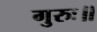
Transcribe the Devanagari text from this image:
गुरुः॥